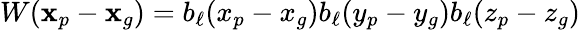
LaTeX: W(\mathbf{x}_{p}-\mathbf{x}_{g})=b_{\ell}(x_{p}-x_{g})b_{\ell}(y_{p}-y_{g})b_{\ell}(z_{p}-z_{g})